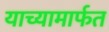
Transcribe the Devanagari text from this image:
याच्यामार्फत